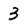
Character: 3